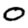
Digit: 0